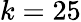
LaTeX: k=25